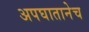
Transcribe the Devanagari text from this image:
अपघातानेच